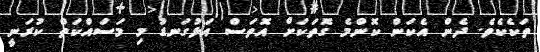
ތަކެކެވެ. ދެން އެކަން ކޮންމެ ގޮތަކަށް އޮތަސް އަޅުގަނޑު މި މަސައްކަތް ކުރަނީ